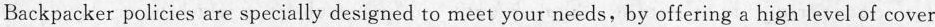
Backpacker policies are specially designed to meet your needs, by offering a high level of cover